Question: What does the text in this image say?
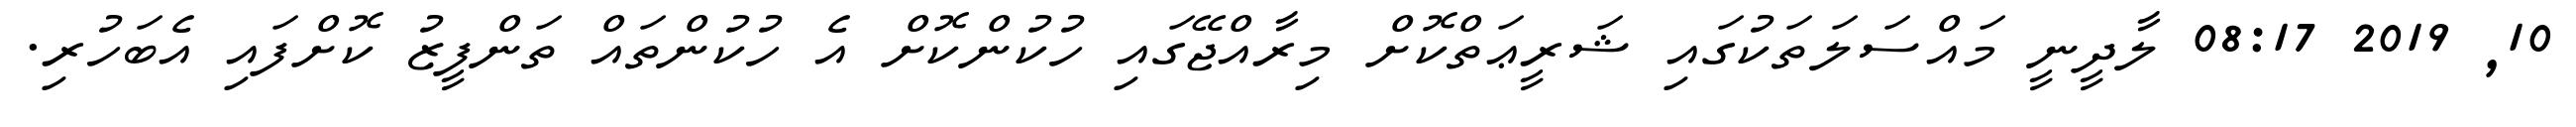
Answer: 10, 2019 08:17 ލާދީނީ މައްސަލަތަކުގައި ޝަރީޢަތްކޮށް މިރާއްޖޭގައި ހުކުންކޮށް އެ ހުކުންތައް ތަންފީޒު ކޮށްފައި އެބަހުރި.